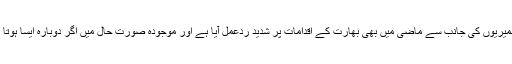
کشمیر میں احتجاج کا ذکر کرتے ہوئے انہوں نے کہا کہ کشمیریوں کی جانب سے ماضی میں بھی بھارت کے اقدامات پر شدید ردعمل آیا ہے اور موجودہ صورت حال میں اگر دوبارہ ایسا ہوتا ہے تو پاکستان کی کشمیر معاملے پر حیثیت مضبوط ہو گی۔